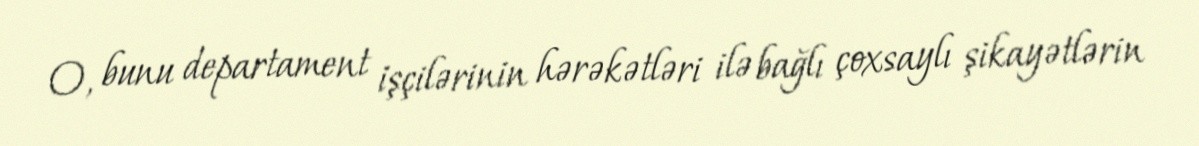
O, bunu departament işçilərinin hərəkətləri ilə bağlı çoxsaylı şikayətlərin